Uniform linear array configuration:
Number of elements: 48
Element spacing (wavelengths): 0.25
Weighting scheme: cosine
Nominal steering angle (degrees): -60
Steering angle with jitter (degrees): -60.321
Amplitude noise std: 0.05
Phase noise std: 0.05

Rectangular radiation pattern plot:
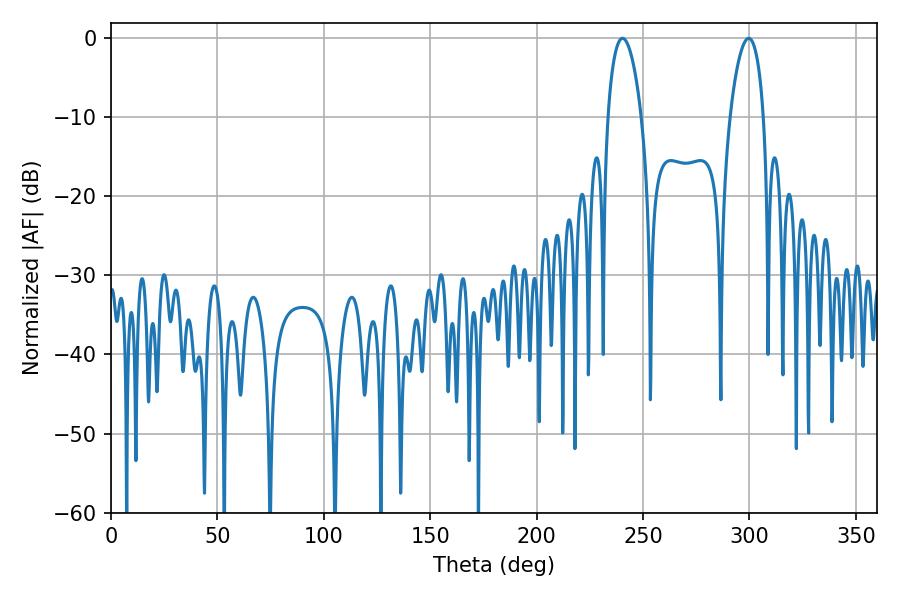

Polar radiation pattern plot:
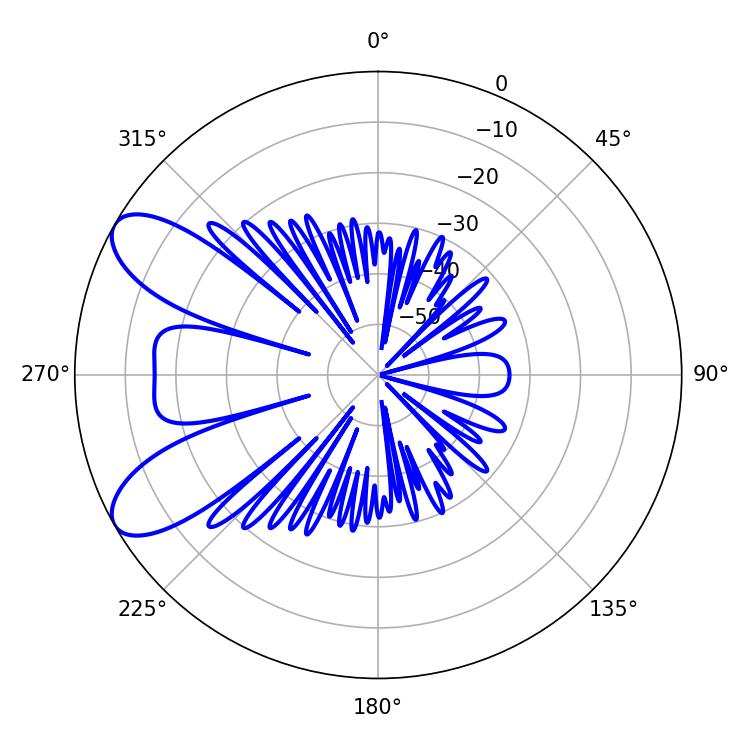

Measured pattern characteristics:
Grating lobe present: FALSE
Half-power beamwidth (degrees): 9
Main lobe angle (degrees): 240.3